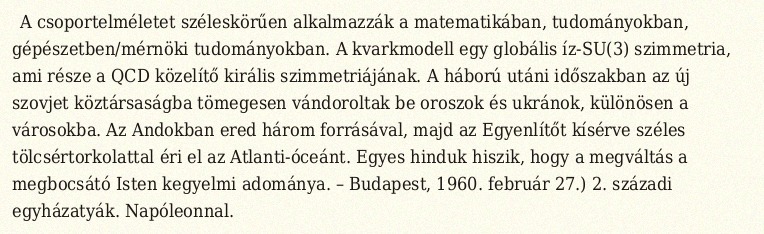
A csoportelméletet széleskörűen alkalmazzák a matematikában, tudományokban, gépészetben/mérnöki tudományokban. A kvarkmodell egy globális íz-SU(3) szimmetria, ami része a QCD közelítő királis szimmetriájának. A háború utáni időszakban az új szovjet köztársaságba tömegesen vándoroltak be oroszok és ukránok, különösen a városokba. Az Andokban ered három forrásával, majd az Egyenlítőt kísérve széles tölcsértorkolattal éri el az Atlanti-óceánt. Egyes hinduk hiszik, hogy a megváltás a megbocsátó Isten kegyelmi adománya. – Budapest, 1960. február 27.) 2. századi egyházatyák. Napóleonnal.